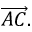
{ \overrightarrow { A C } } .